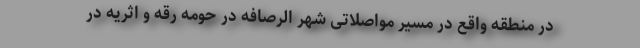
در منطقه واقع در مسیر مواصلاتی شهر الرصافه در حومه رقه و اثریه در